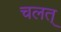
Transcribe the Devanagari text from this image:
चलत्